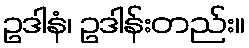
ဥဒါနံ၊ ဥဒါန်းတည်း။